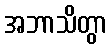
အဘာသိတွာ